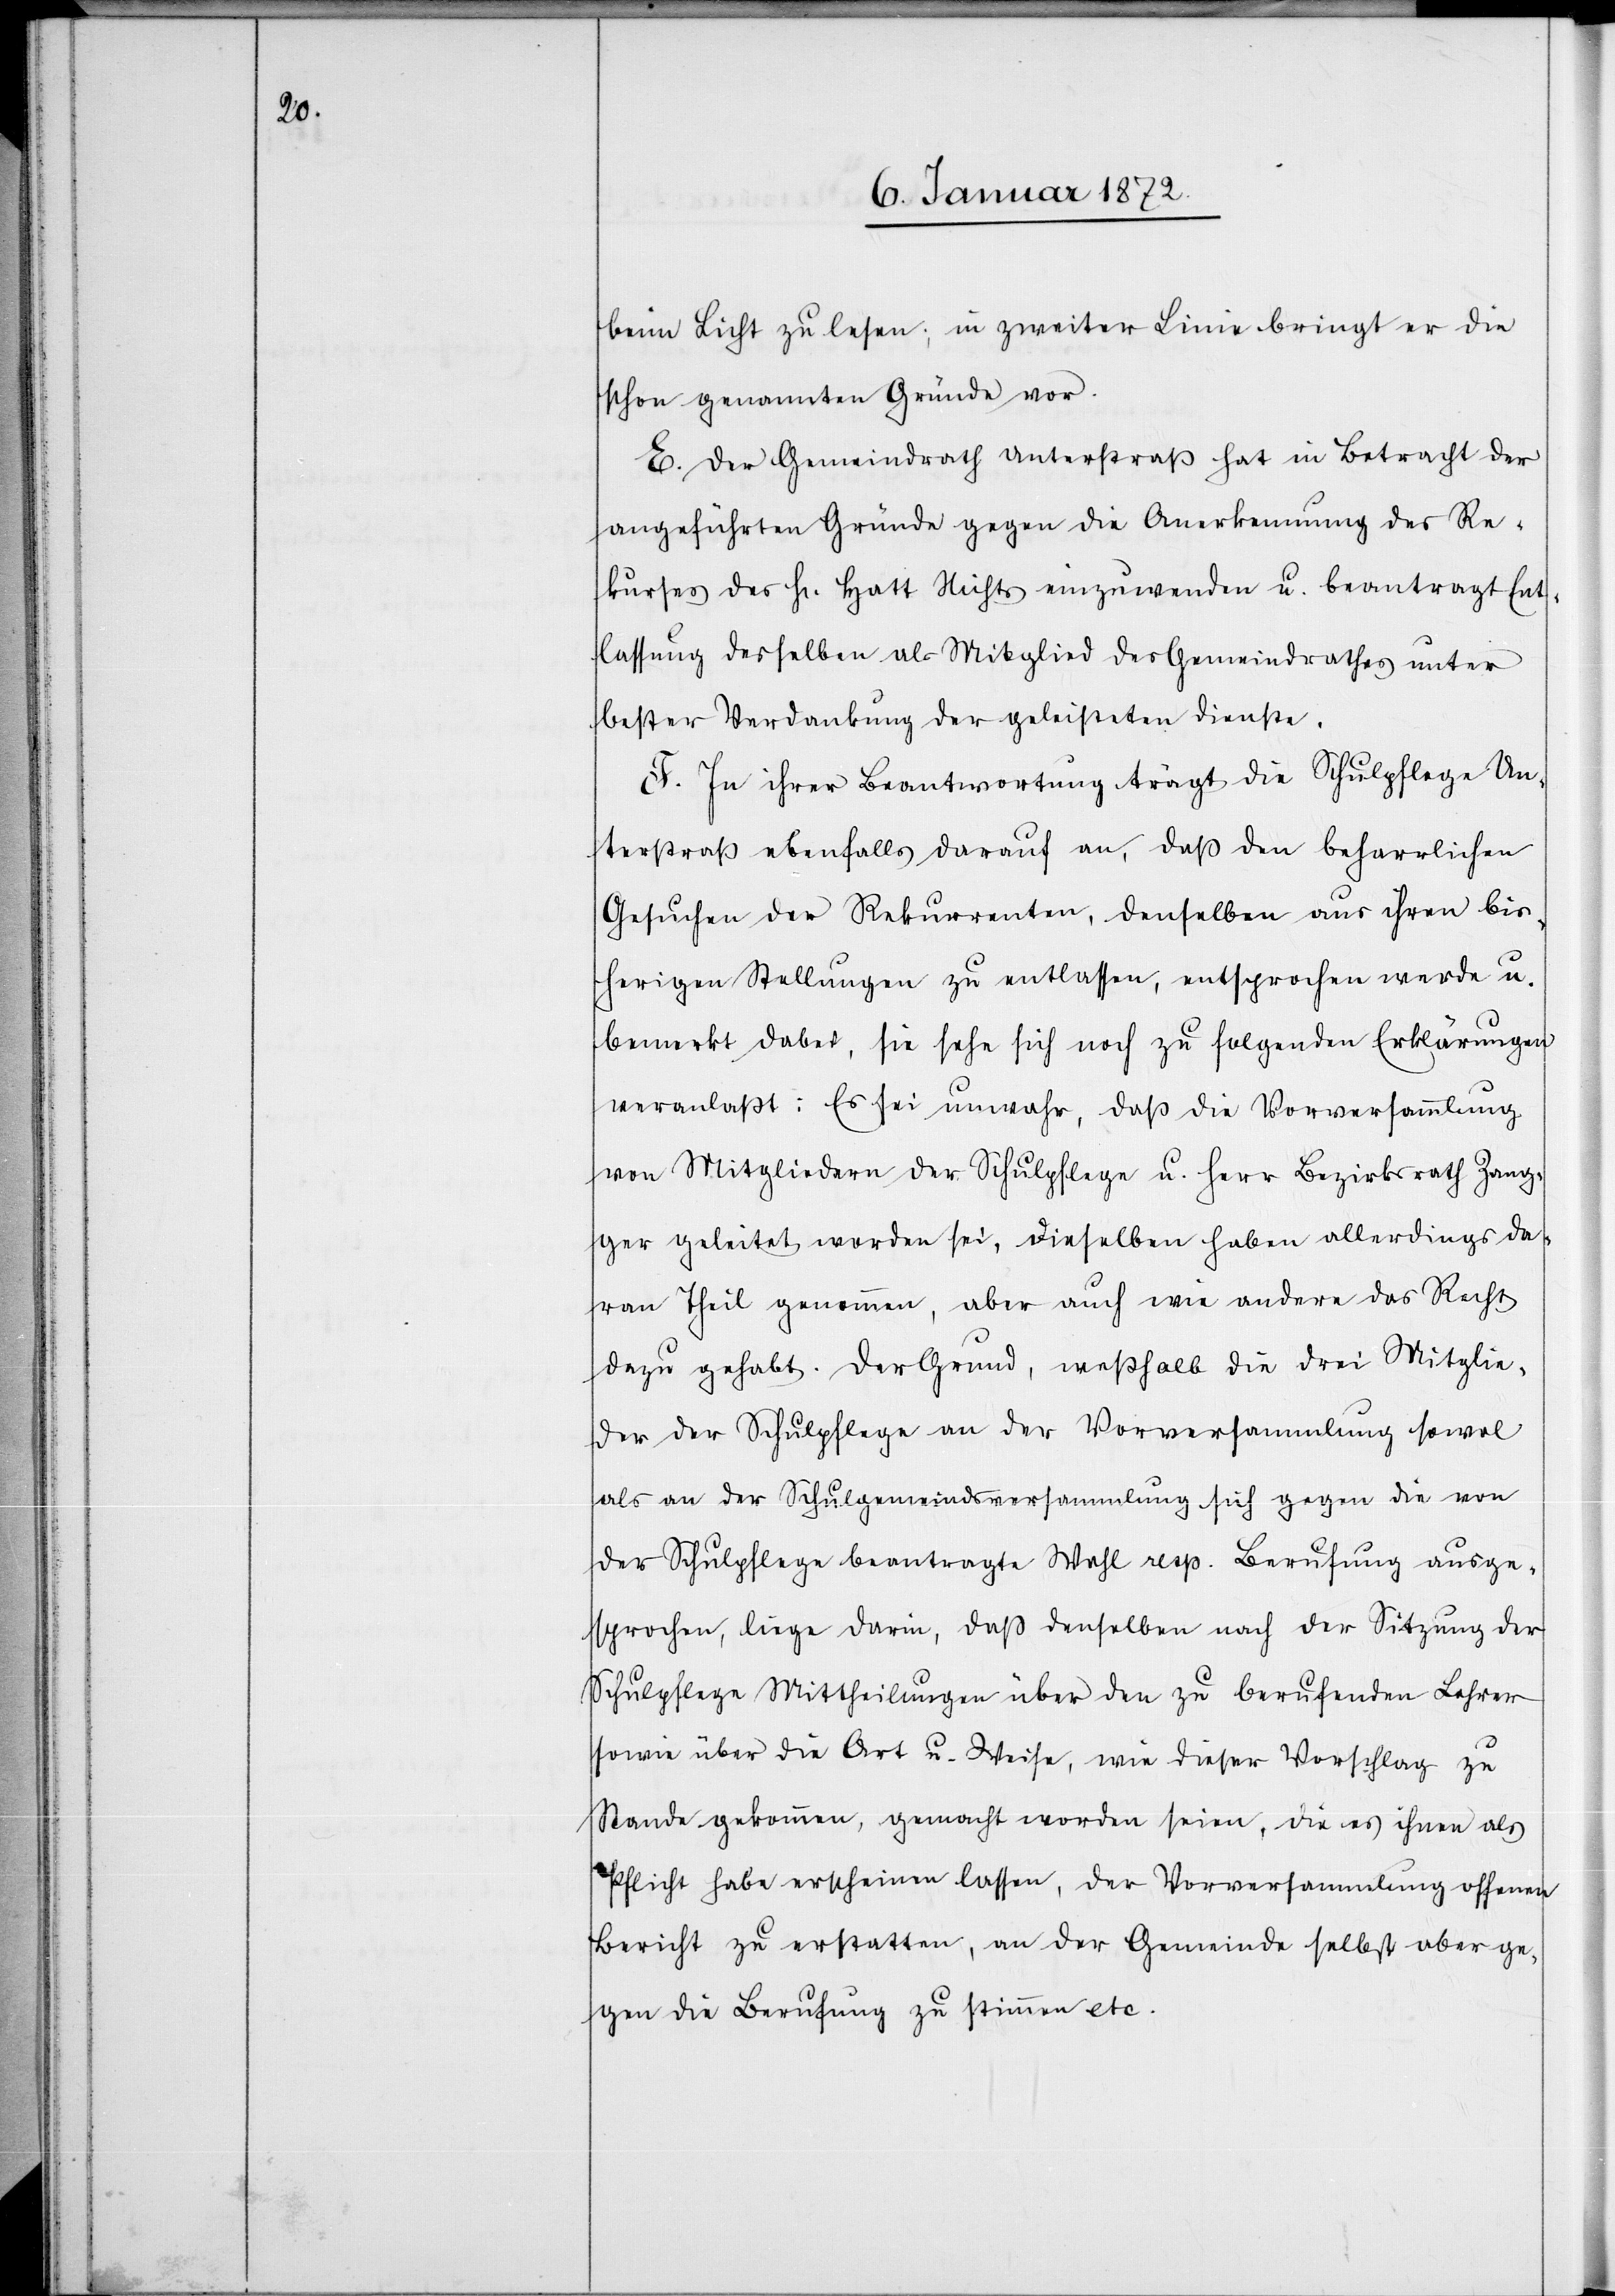
beim Licht zu lesen; in zweiter Linie bringt er die
schon genannten Gründe vor.
E. Der Gemeindrath Unterstraß hat in Betracht der
angeführten Gründe gegen die Anerkennung des Re¬
kurses des H. Hatt Nichts einzuwenden u. beantragt Ent¬
lassung desselben als Mitglied des Gemeindrathes unter
bester Verdankung der geleisteten Dienste.
F. In ihrer Beantwortung trägt die Schulpflege Un¬
terstraß ebenfalls darauf an, daß den beharrlichen
Gesuchen der Rekurrenten, denselben aus ihren bis¬
herigen Stellungen zu entlassen, entsprechen werde u.
bemerkt dabei, sie sehe sich noch zu folgenden Erklärungen
veranlaßt: Es sei unwahr, daß die Vorversammlung
von Mitgliedern der Schulpflege u. Herr Bezirksrath Zang¬
ger geleitet worden sei, dieselben haben allerdings da¬
ran Theil genommen, aber auch wie andere das Recht
dazu gehabt. Der Grund, weßhalb die drei Mitglie¬
der der Schulpflege an der Vorversammlung sowol
als an der Schulgemeindsversammlung sich gegen die von
der Schulpflege beantragte Wahl resp. Berufung ausge¬
sprochen, liege darin, daß denselben nach der Sitzung der
Schulpflege Mittheilungen über den zu berufenden Lehrer
sowie über die Art u. Weise, wie dieser Vorschlag zu
Stande gekommen, gemacht worden seien, die es ihnen als
Pflicht habe erscheinen lassen, der Vorversammlung offenen
Bericht zu erstatten, an der Gemeinde selbst aber ge¬
gen die Berufung zu stimmen etc.